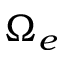
\Omega _ { e }